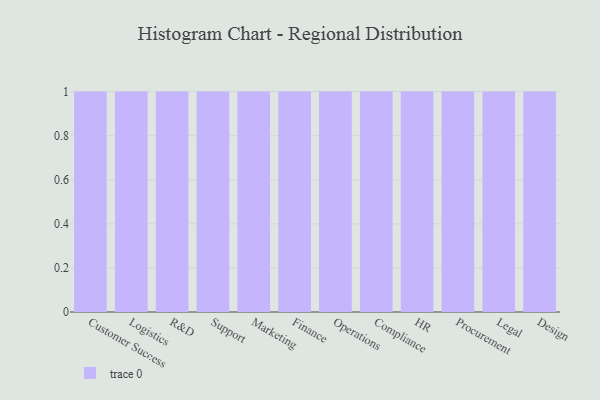
{"axis": {"x": "Department", "y": "Humidity (%)"}, "legend": [""], "data": [{"x": "Customer Success", "y": 70, "type": ""}, {"x": "Logistics", "y": 72, "type": ""}, {"x": "R&D", "y": 28, "type": ""}, {"x": "Support", "y": 55, "type": ""}, {"x": "Marketing", "y": 32, "type": ""}, {"x": "Finance", "y": 54, "type": ""}, {"x": "Operations", "y": 91, "type": ""}, {"x": "Compliance", "y": 78, "type": ""}, {"x": "HR", "y": 19, "type": ""}, {"x": "Procurement", "y": 4, "type": ""}, {"x": "Legal", "y": 97, "type": ""}, {"x": "Design", "y": 61, "type": ""}]}